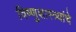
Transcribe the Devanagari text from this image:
विष्णुशास्त्र्यांचे